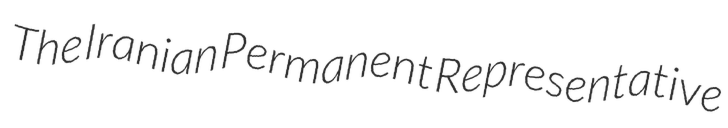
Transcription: The Iranian Permanent Representative